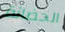
الحضانة